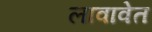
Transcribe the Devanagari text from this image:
लावावेत